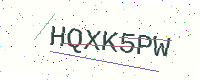
Text: HQXK5PW